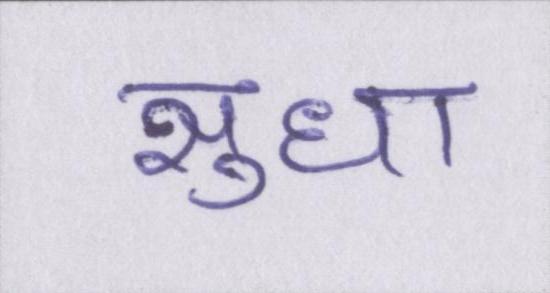
सुधा